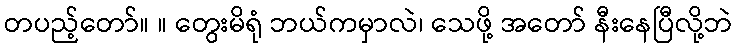
တပည့်တော်။ ။ တွေးမိရုံ ဘယ်ကမှာလဲ၊ သေဖို့ အတော် နီးနေပြီလို့ဘဲ